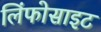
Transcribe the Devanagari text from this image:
लिंफोसाइट